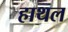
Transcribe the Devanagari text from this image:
हाथल